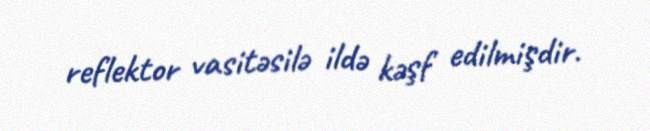
reflektor vasitəsilə ildə kəşf edilmişdir.